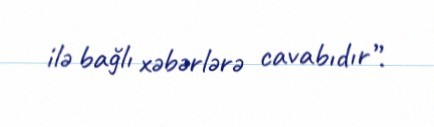
ilə bağlı xəbərlərə cavabıdır”.